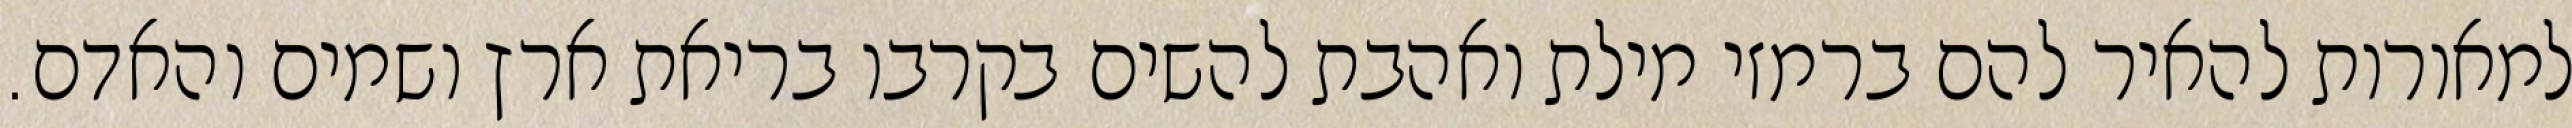
למאורות להאיר להם ברמזי מילת ואהבת להשים בקרבו בריאת ארץ ושמים והאדם.